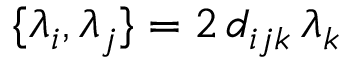
\{ \lambda _ { i } , \lambda _ { j } \} = 2 \, d _ { i j k } \, \lambda _ { k }